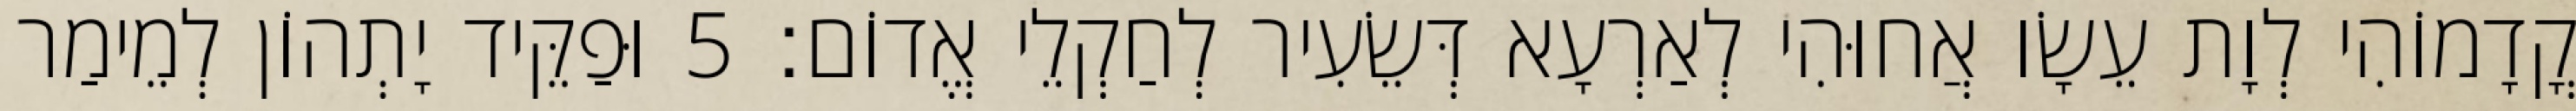
קֳדָמוֹהִי לְוָת עֵשָׂו אֲחוּהִי לְאַרְעָא דְּשֵׂעִיר לְחַקְלֵי אֱדוֹם׃ 5 וּפַקֵּיד יָתְהוֹן לְמֵימַר